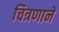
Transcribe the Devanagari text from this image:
चित्रणाने